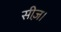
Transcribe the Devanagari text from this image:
सीज़।